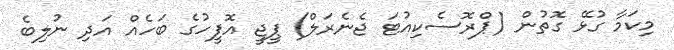
މިކަމާ ގުޅޭ ގޮތުން (ޕްރޮސެކިއުޓަ ޖެނެރަލް) ޕީޖީ އޮފީހުގެ ބަހެއް އަދި ނުލިބެ